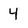
Character: 4